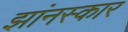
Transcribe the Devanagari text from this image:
झांनस्कार